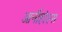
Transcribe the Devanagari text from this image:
आर्नीहोल्स